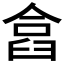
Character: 𠍗